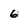
Character: 6